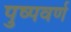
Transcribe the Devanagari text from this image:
पुष्पवर्ण